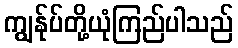
ကျွန်ုပ်တို့ယုံကြည်ပါသည်